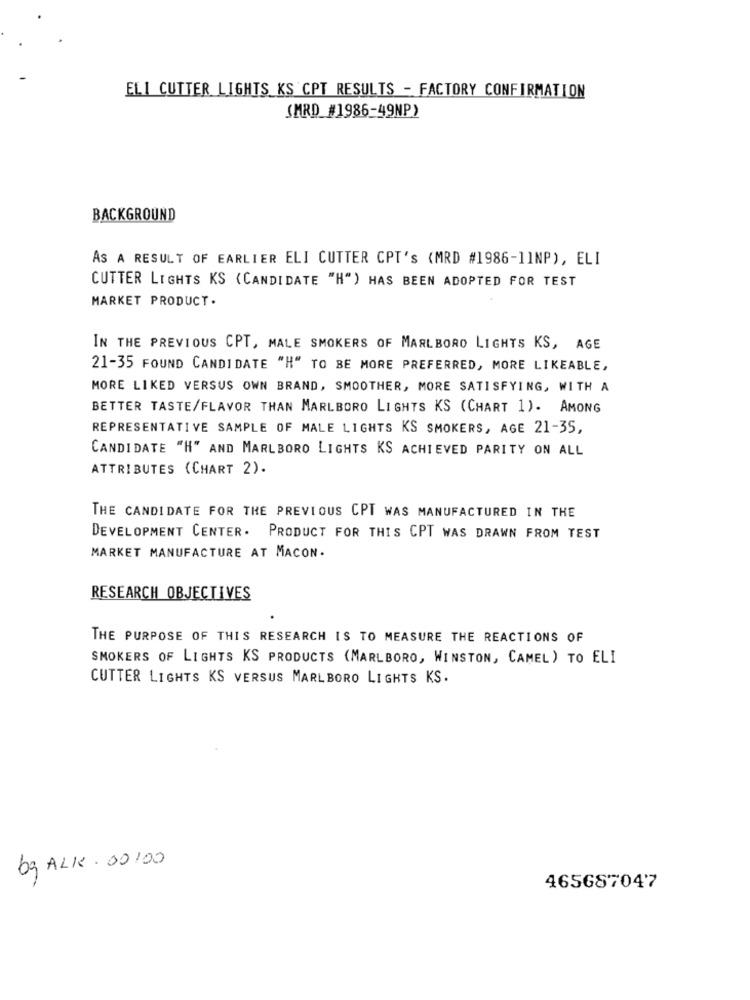
ELI CUTTER LIGHTS KS CPT RESULTS - FACTORY CONFIRMATION
SMRD_#1986-49NP)
BACKGROUND
AS A RESULT OF EARLIER ELI CUTTER CPT'S (MRD #1986-11NP), ELI
CUTTER LIGHTS KS (CANDIDATE "H") HAS BEEN ADOPTED FOR TEST
MARKET PRODUCT .
IN THE PREVIOUS CPT, MALE SMOKERS OF MARLBORO LIGHTS KS, AGE
21-35 FOUND CANDIDATE "H" TO BE MORE PREFERRED, MORE LIKEABLE,
MORE LIKED VERSUS OWN BRAND, SMOOTHER, MORE SATISFYING, WITH A
BETTER TASTE/FLAVOR THAN MARLBORO LIGHTS KS (CHART 1). AMONG
REPRESENTATIVE SAMPLE OF MALE LIGHTS KS SMOKERS, AGE 21-35,
CANDIDATE "H" AND MARLBORO LIGHTS KS ACHIEVED PARITY ON ALL
ATTRIBUTES (CHART 2).
THE CANDIDATE FOR THE PREVIOUS CPT WAS MANUFACTURED IN THE
DEVELOPMENT CENTER. PRODUCT FOR THIS CPT WAS DRAWN FROM TEST
MARKET MANUFACTURE AT MACON.
RESEARCH OBJECTIVES
THE PURPOSE OF THIS RESEARCH IS TO MEASURE THE REACTIONS OF
SMOKERS OF LIGHTS KS PRODUCTS (MARLBORO, WINSTON, CAMEL) TO ELI
CUTTER LIGHTS KS VERSUS MARLBORO LIGHTS KS.
bg ALK . 00100
465687047